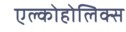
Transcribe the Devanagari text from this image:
एल्कोहोलिक्स